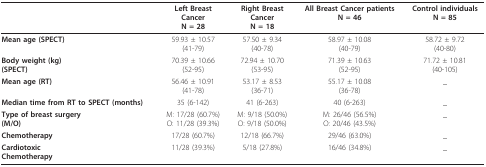
<table><thead><tr><td></td><td><b>Left BreastCancerN = 28</b></td><td><b>Right BreastCancerN = 18</b></td><td><b>All Breast Cancer patientsN = 46</b></td><td><b>Control individualsN = 85</b></td></tr></thead><tbody><tr><td><b>Mean age (SPECT)</b></td><td>59.93 ± 10.57(41-79)</td><td>57.50 ± 9.34(40-78)</td><td>58.97 ± 10.08(40-79)</td><td>58.72 ± 9.72(40-80)</td></tr><tr><td><b>Body weight (kg)</b><b>(SPECT)</b></td><td>70.39 ± 10.66(52-95)</td><td>72.94 ± 10.70(53-95)</td><td>71.39 ± 10.63(52-95)</td><td>71.72 ± 10.81(40-105)</td></tr><tr><td><b>Mean age (RT)</b></td><td>56.46 ± 10.91(41-78)</td><td>53.17 ± 8.53(36-71)</td><td>55.17 ± 10.08(36-78)</td><td>_</td></tr><tr><td><b>Median time from RT to SPECT (months)</b></td><td>35 (6-142)</td><td>41 (6-263)</td><td>40 (6-263)</td><td>_</td></tr><tr><td><b>Type of breast surgery</b><b>(M/O)</b></td><td>M: 17/28 (60.7%)O: 11/28 (39.3%)</td><td>M: 9/18 (50.0%)O: 9/18 (50.0%)</td><td>M: 26/46 (56.5%)O: 20/46 (43.5%)</td><td>_</td></tr><tr><td><b>Chemotherapy</b></td><td>17/28 (60.7%)</td><td>12/18 (66.7%)</td><td>29/46 (63.0%)</td><td>_</td></tr><tr><td><b>Cardiotoxic</b><b>Chemotherapy</b></td><td>11/28 (39.3%)</td><td>5/18 (27.8%)</td><td>16/46 (34.8%)</td><td>_</td></tr></tbody></table>